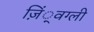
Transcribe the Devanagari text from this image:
ज़िं्वग्ली